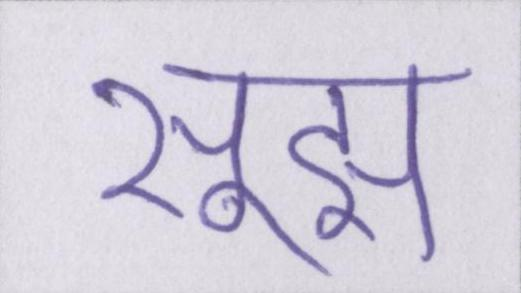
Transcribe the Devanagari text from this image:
सूझ